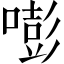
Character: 嘭